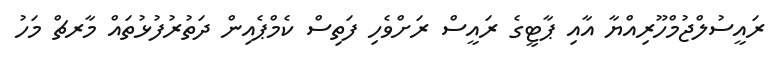
ރައީސުލްޖުމްހޫރިއްޔާ އާއި ޕާޓީގެ ރައީސް ރަށްވެހި ފަތިސް ކެމްޕެއިން ދަތުރުފުޅުތައް މާރޗް މަހު